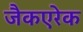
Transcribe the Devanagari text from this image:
जैकएरेक